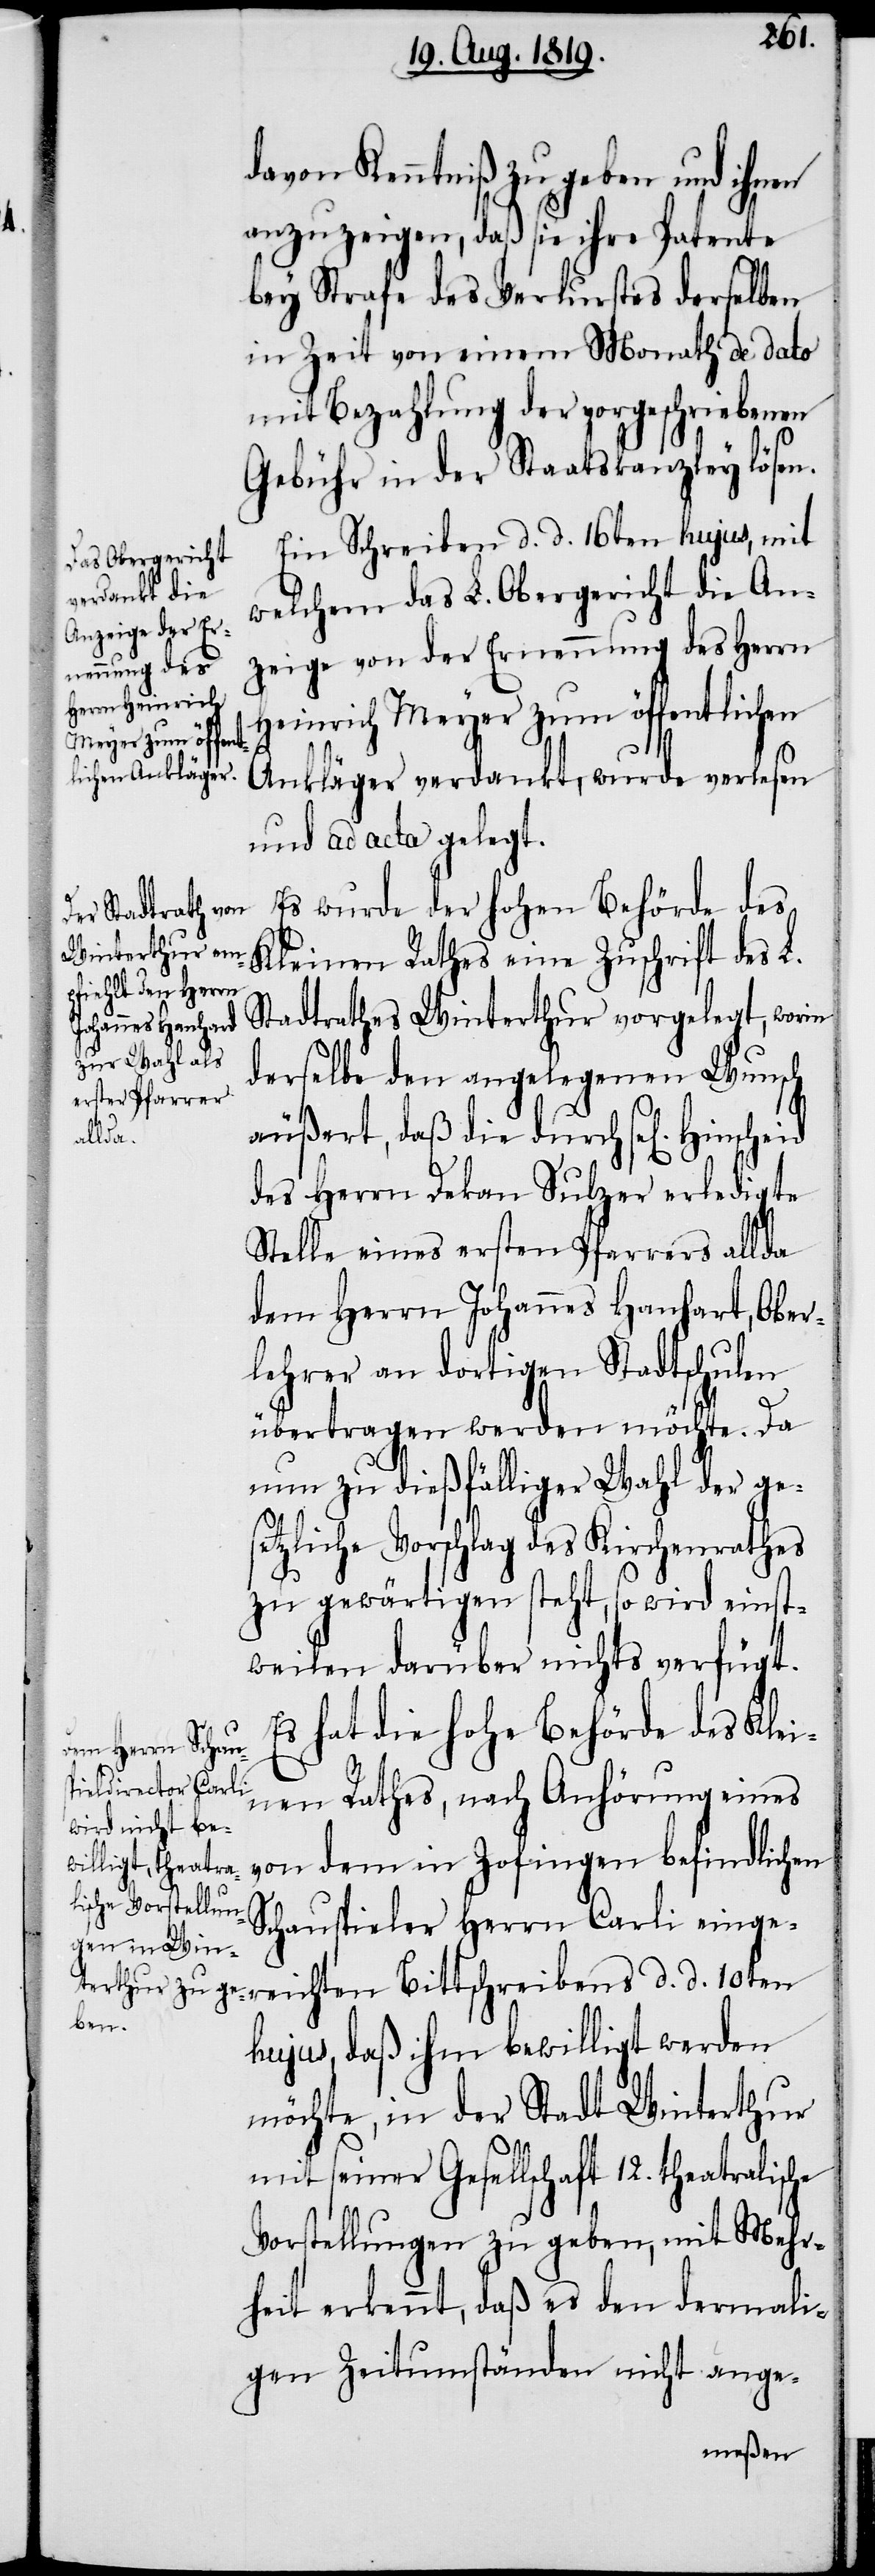
davon Kenntniß zu geben und ihnen
anzuzeigen, daß sie ihre Patente
bey Strafe des Verlustes derselben
in Zeit von einem Monath de dato
mit Bezahlung der vorgeschriebenen
Gebühr in der Staatskanzley lösen.
Ein Schreiben d. d. 16ten hujus, mit
welchem das L. Obergericht die An¬
zeige von der Ernennung des Herrn
Heinrich Meyer zum öffentlichen
Ankläger verdankt, wurde verlesen
und ad acta gelegt.
Es wurde der hohen Behörde des
Kleinen Rathes eine Zuschrift des L.
Stadtrathes Winterthur vorgelegt, worin
derselbe den angelegenen Wunsch
äußert, daß die durch sel[igen]
des Herrn Dekan Sulzer erledigte
Stelle eines ersten Pfarrers allda
dem Herrn Johannes Hanhart, Ober¬
lehrer an dortigen Stadtschulen
übertragen werden möchte. Da
nun zu dießfälliger Wahl der ges¬
etzliche Vorschlag des Kirchenrathes
zu gewärtigen steht, so wird einst¬
weilen darüber nichts verfügt.
Es hat die hohe Behörde des Klei¬
nen Rathes, nach Anhörung eines
von dem in Zofingen befindlichen
Schauspieler Herrn Carli einge¬
reichten Bittschreibens d. d. 10ten
hujus, daß ihm bewilligt werden
möchte, in der Stadt Winterthur
mit seiner Gesellschaft 12. theatralische
Vorstellungen zu geben, mit Mehr¬
heit erkennt, daß es den dermali¬
gen Zeitumständen nicht ange-